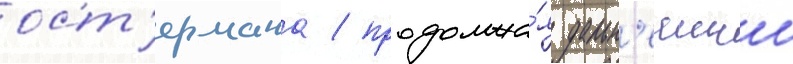
ост'ермана / продолжа́я дальн'еишии